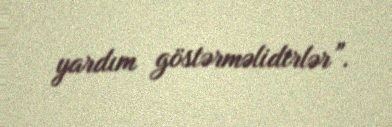
yardım göstərməlidirlər”.